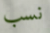
نسب